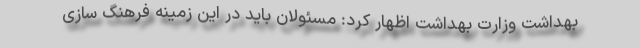
بهداشت وزارت بهداشت اظهار کرد: مسئولان باید در این زمینه فرهنگ سازی